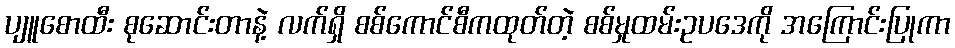
ပျူစောထီး စုဆောင်းတာနဲ့ လက်ရှိ စစ်ကောင်စီကထုတ်တဲ့ စစ်မှုထမ်းဥပဒေကို အကြောင်းပြုကာ